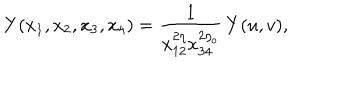
Y ( x _ { 1 } , x _ { 2 } , x _ { 3 } , x _ { 4 } ) = \frac { 1 } { x _ { 1 2 } ^ { 2 \eta } x _ { 3 4 } ^ { 2 \eta _ { o } } } \, Y ( u , v ) ,